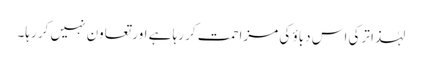
لہٰذا ترکی اس دباؤ کی مزاحمت کر رہا ہے اور تعاون نہیں کر رہا۔